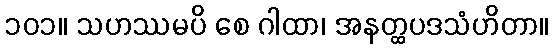
၁၀၁။ သဟဿမပိ စေ ဂါထာ၊ အနတ္ထပဒသံဟိတာ။